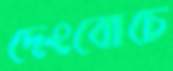
দেংবোচে